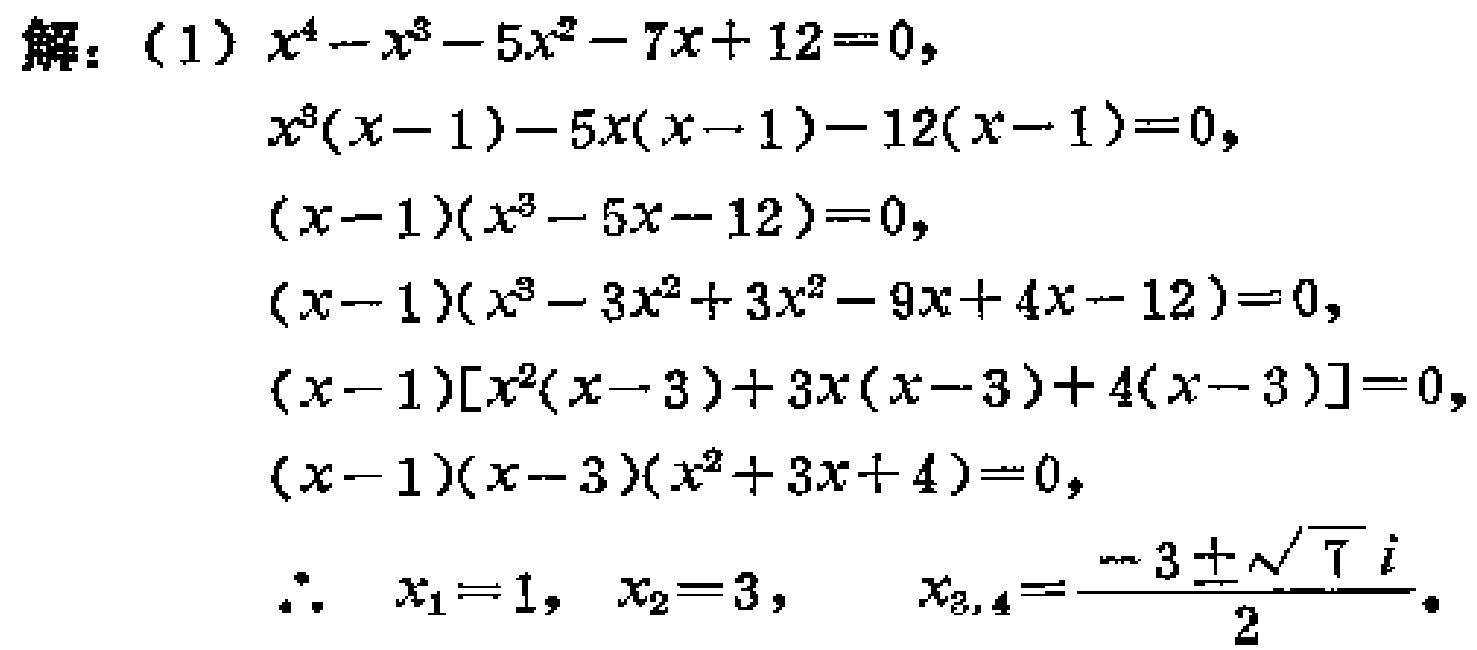
解：（1）\(x^{4}-x^{3}-5x^{2}-7x + 12 = 0\)，
\(x^{3}(x - 1)-5x(x - 1)-12(x - 1)=0\)，
\((x - 1)(x^{3}-5x - 12)=0\)，
\((x - 1)(x^{3}-3x^{2}+3x^{2}-9x + 4x - 12)=0\)，
\((x - 1)[x^{2}(x - 3)+3x(x - 3)+4(x - 3)]=0\)，
\((x - 1)(x - 3)(x^{2}+3x + 4)=0\)，
\(\therefore\) \(x_{1}=1\)，\(x_{2}=3\)， \(x_{3,4}=\frac{-3\pm\sqrt{7}i}{2}\)。